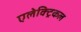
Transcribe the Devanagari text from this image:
एलेक्ट्रिकल